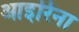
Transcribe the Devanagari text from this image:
आइरिना